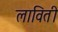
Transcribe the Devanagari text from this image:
लाविती